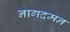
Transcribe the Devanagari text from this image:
नागदमन